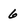
Character: 6